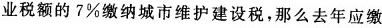
业税额的7%缴纳城市维护建设税，那么去年应缴